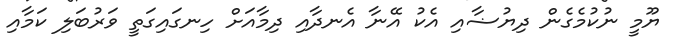
ޔޫމީ ނުކުމެގެން ދިޔުޟާއި އެކު އޭނާ އެނދާއި ދިމާއަށް ހިނގައިގަތީ ވަރުބަލި ކަމާއި